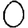
Digit: 0